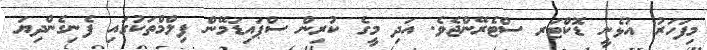
މިފަހަރު އުޅެނީ ޑޮކްޓަރ ސްޓެރޭންޖެވެ. އަދި މީގެ ކުރިން ސްޕައިޑަމޭން ފިލްމްތަކުގައި ފެނިގެންދިޔަ